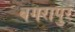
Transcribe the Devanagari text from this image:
बगरापुर